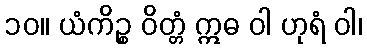
၁၀။ ယံကိဉ္စ ဝိတ္တံ ဣဓ ဝါ ဟုရံ ဝါ၊